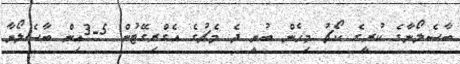
ބާސެލޯނާގެ ކުރީގެ ކޯޗު މިހެން ބުނީ ދެ މެޗުގެ އެގްރިގޭޓުން 5-3އިން ބާސެލޯނާ